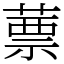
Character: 蔈